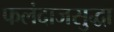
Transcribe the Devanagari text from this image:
फलंदाजसुद्धा